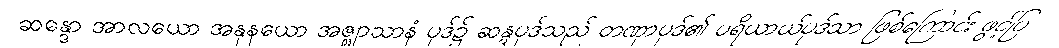
ဆန္ဒော အာလယော အနုနယော အဇ္ဈာသာနံ ပုဒ်၌ ဆန္ဒပုဒ်သည် တဏှာပုဒ်၏ ပရိယာယ်ပုဒ်သာ ဖြစ်ကြောင်း ဖွင့်ပြ